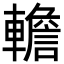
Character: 𨎻